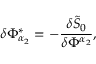
\delta \Phi _ { \alpha _ { 2 } } ^ { * } = - \frac { \delta \tilde { S } _ { 0 } } { \delta \Phi ^ { \alpha _ { 2 } } } ,